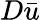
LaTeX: D\bar{u}